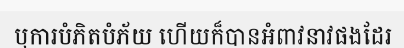
ឬការបំភិតបំភ័យ ហើយក៏បានអំពាវនាវផងដែរ